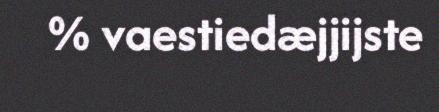
% vaestiedæjjijste